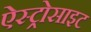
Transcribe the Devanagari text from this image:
ऐस्ट्रोसाइट